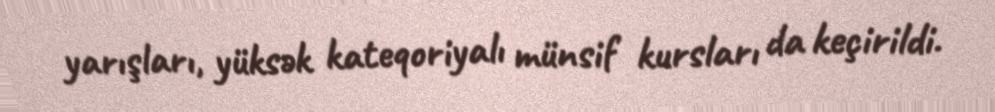
yarışları, yüksək kateqoriyalı münsif kursları da keçirildi.